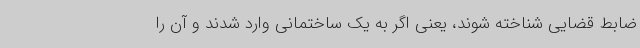
ضابط قضایی شناخته شوند، یعنی اگر به یک ساختمانی وارد شدند و آن را